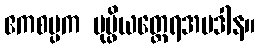
ဧကစမ္ပက ပုပ္ဖိယတ္ထေရအပဒါန။